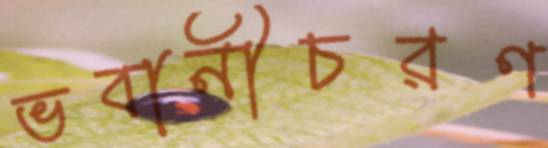
ভবানীচরণ